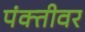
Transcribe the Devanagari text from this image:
पंक्तीवर